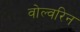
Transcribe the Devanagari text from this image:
वोल्वरिन